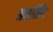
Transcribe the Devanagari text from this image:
अर्सासिद